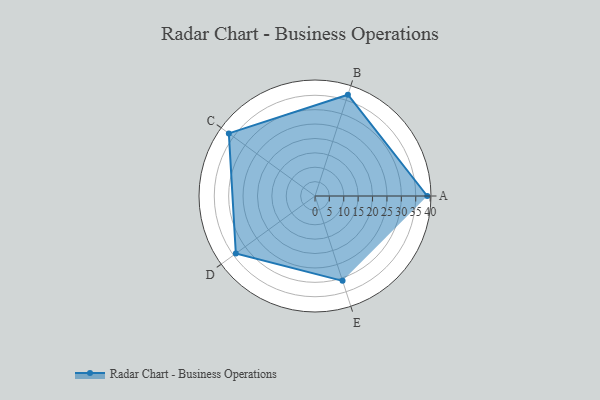
{"axis": {"x": "Skill", "y": "Score"}, "legend": ["Profile"], "data": [{"x": "A", "y": 39.0, "type": "Profile"}, {"x": "B", "y": 37.0, "type": "Profile"}, {"x": "C", "y": 37.0, "type": "Profile"}, {"x": "D", "y": 34.0, "type": "Profile"}, {"x": "E", "y": 31.0, "type": "Profile"}]}